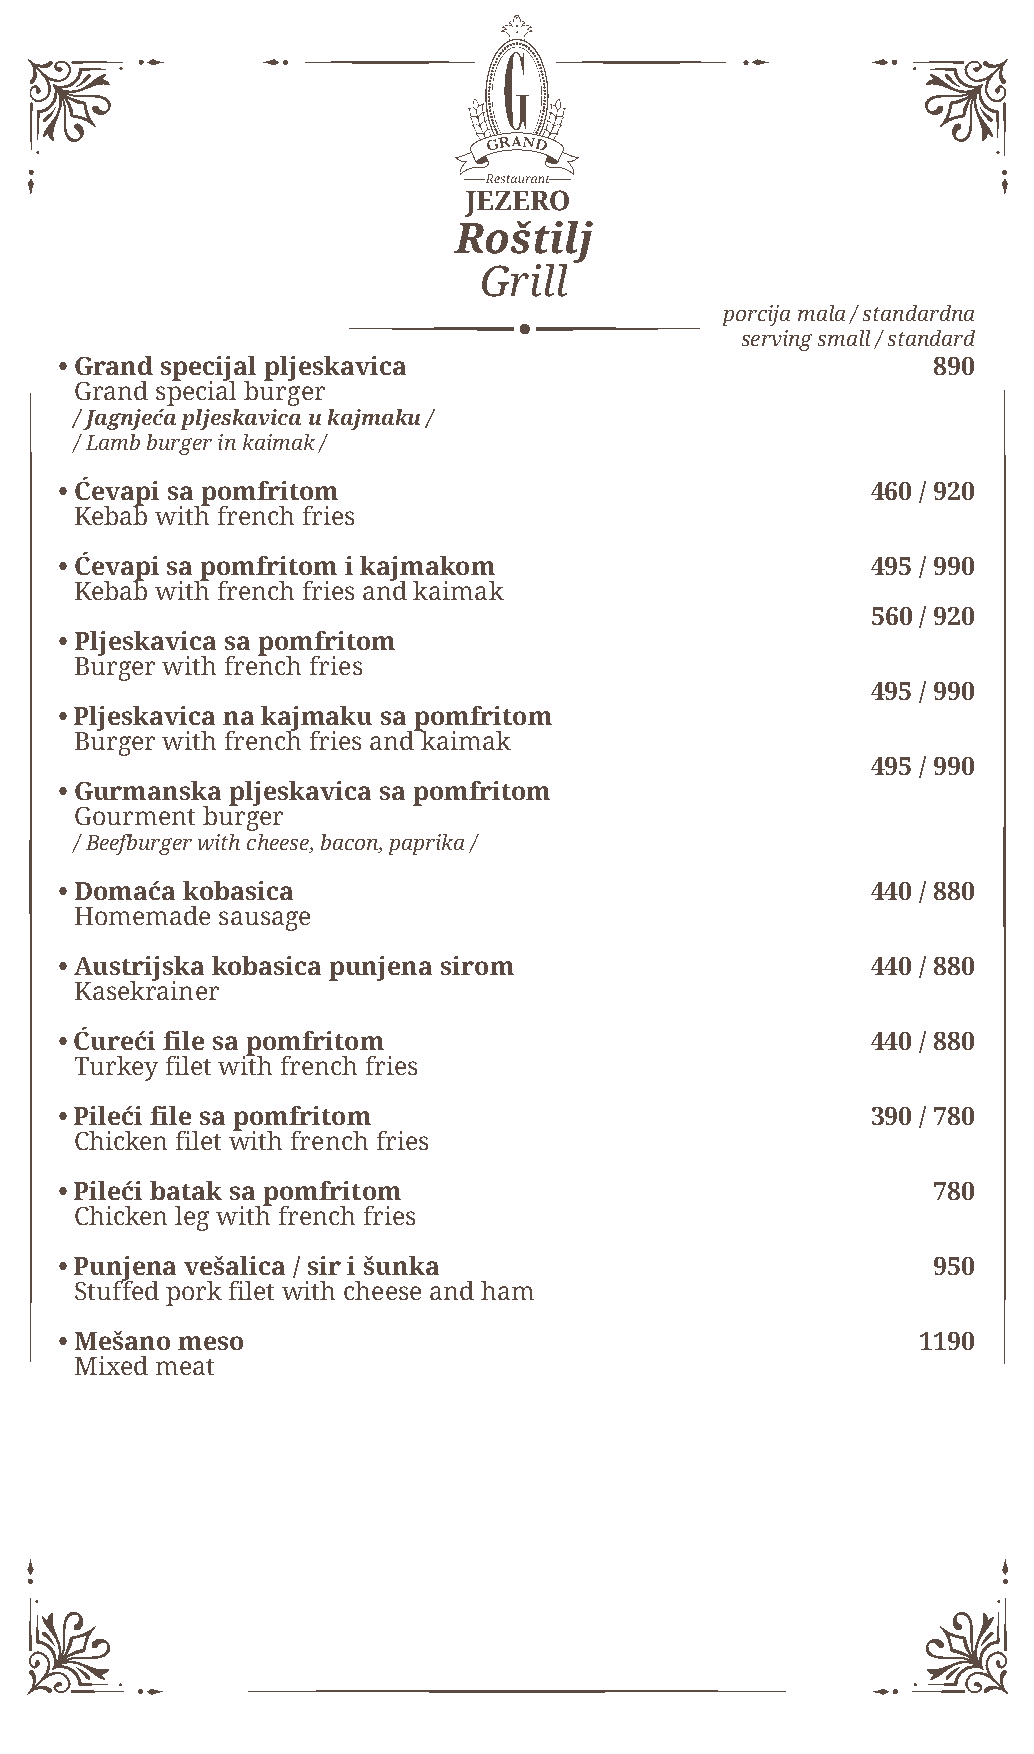
Roštilj
 Grill
 porcija mala / standardna
 serving small / standard
 • Grand specijal pljeskavica                              890
 Grand special burger
 / Jagnjeća pljeskavica u kajmaku /
 / Lamb burger in kaimak /
 • Ćevapi sa pomfritom                                 460 / 920
 Kebab with french fries
 • Ćevapi sa pomfritom i kajmakom                      495 / 990
 Kebab with french fries and kaimak
 560 / 920
 • Pljeskavica sa pomfritom
 Burger with french fries
 495 / 990
 • Pljeskavica na kajmaku sa pomfritom
 Burger with french fries and kaimak
 495 / 990
 • Gurmanska pljeskavica sa pomfritom
 Gourment burger
 / Beefburger with cheese, bacon, paprika /
 • Domaća kobasica                                     440 / 880
 Homemade sausage
 • Austrijska kobasica punjena sirom                   440 / 880
 Kasekrainer
 • Ćureći file sa pomfritom                            440 / 880
 Turkey filet with french fries
 • Pileći file sa pomfritom                            390 / 780
 Chicken filet with french fries
 • Pileći batak sa pomfritom                               780
 Chicken leg with french fries
 • Punjena vešalica / sir i šunka                          950
 Stuffed pork filet with cheese and ham
 • Mešano meso                                            1190
 Mixed meat